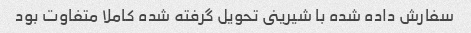
سفارش داده شده با شیرینى تحویل گرفته شده کاملا متفاوت بود